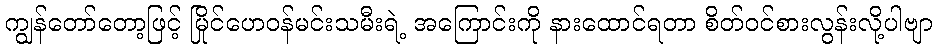
ကျွန်တော်တော့ဖြင့် မြိုင်ဟေဝန်မင်းသမီးရဲ့ အကြောင်းကို နားထောင်ရတာ စိတ်ဝင်စားလွန်းလို့ပါဗျာ